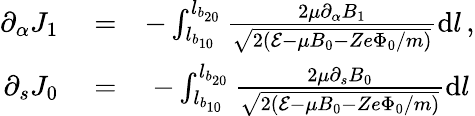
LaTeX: \begin{array}{rlr}{\partial_{\alpha}J_{1}}&{{}=}&{-\int_{l_{b_{10}}}^{l_{b_{20}}}\frac{2\mu\partial_{\alpha}B_{1}}{\sqrt{2({\cal E}-\mu B_{0}-Ze\Phi_{0}/m)}}\mathrm{d}l\, ,}\\ {\partial_{s}J_{0}}&{{}=}&{-\int_{l_{b_{10}}}^{l_{b_{20}}}\frac{2\mu\partial_{s}B_{0}}{\sqrt{2({\cal E}-\mu B_{0}-Ze\Phi_{0}/m)}}\mathrm{d}l\, }\end{array}